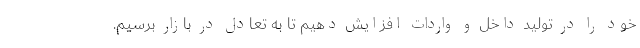
خود را در تولید داخل و واردات افزایش دهیم تا به تعادل در بازار برسیم.